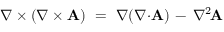
\nabla \times \left( \nabla \times \mathbf { A } \right) \ = \ \nabla ( \nabla { \cdot } \mathbf { A } ) \, - \, \nabla ^ { 2 \! } \mathbf { A }